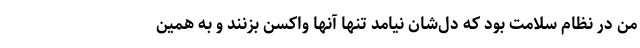
من در نظام سلامت بود که دل‌شان نیامد تنها آنها واکسن بزنند و به همین